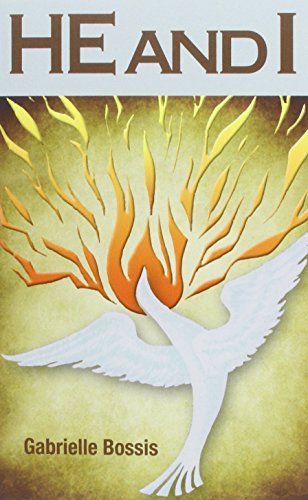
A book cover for He and I; Gabrielle Bossis; Christian Books & Bibles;